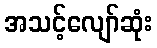
အသင့်လျော်ဆုံး